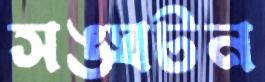
সঙ্ঘটন